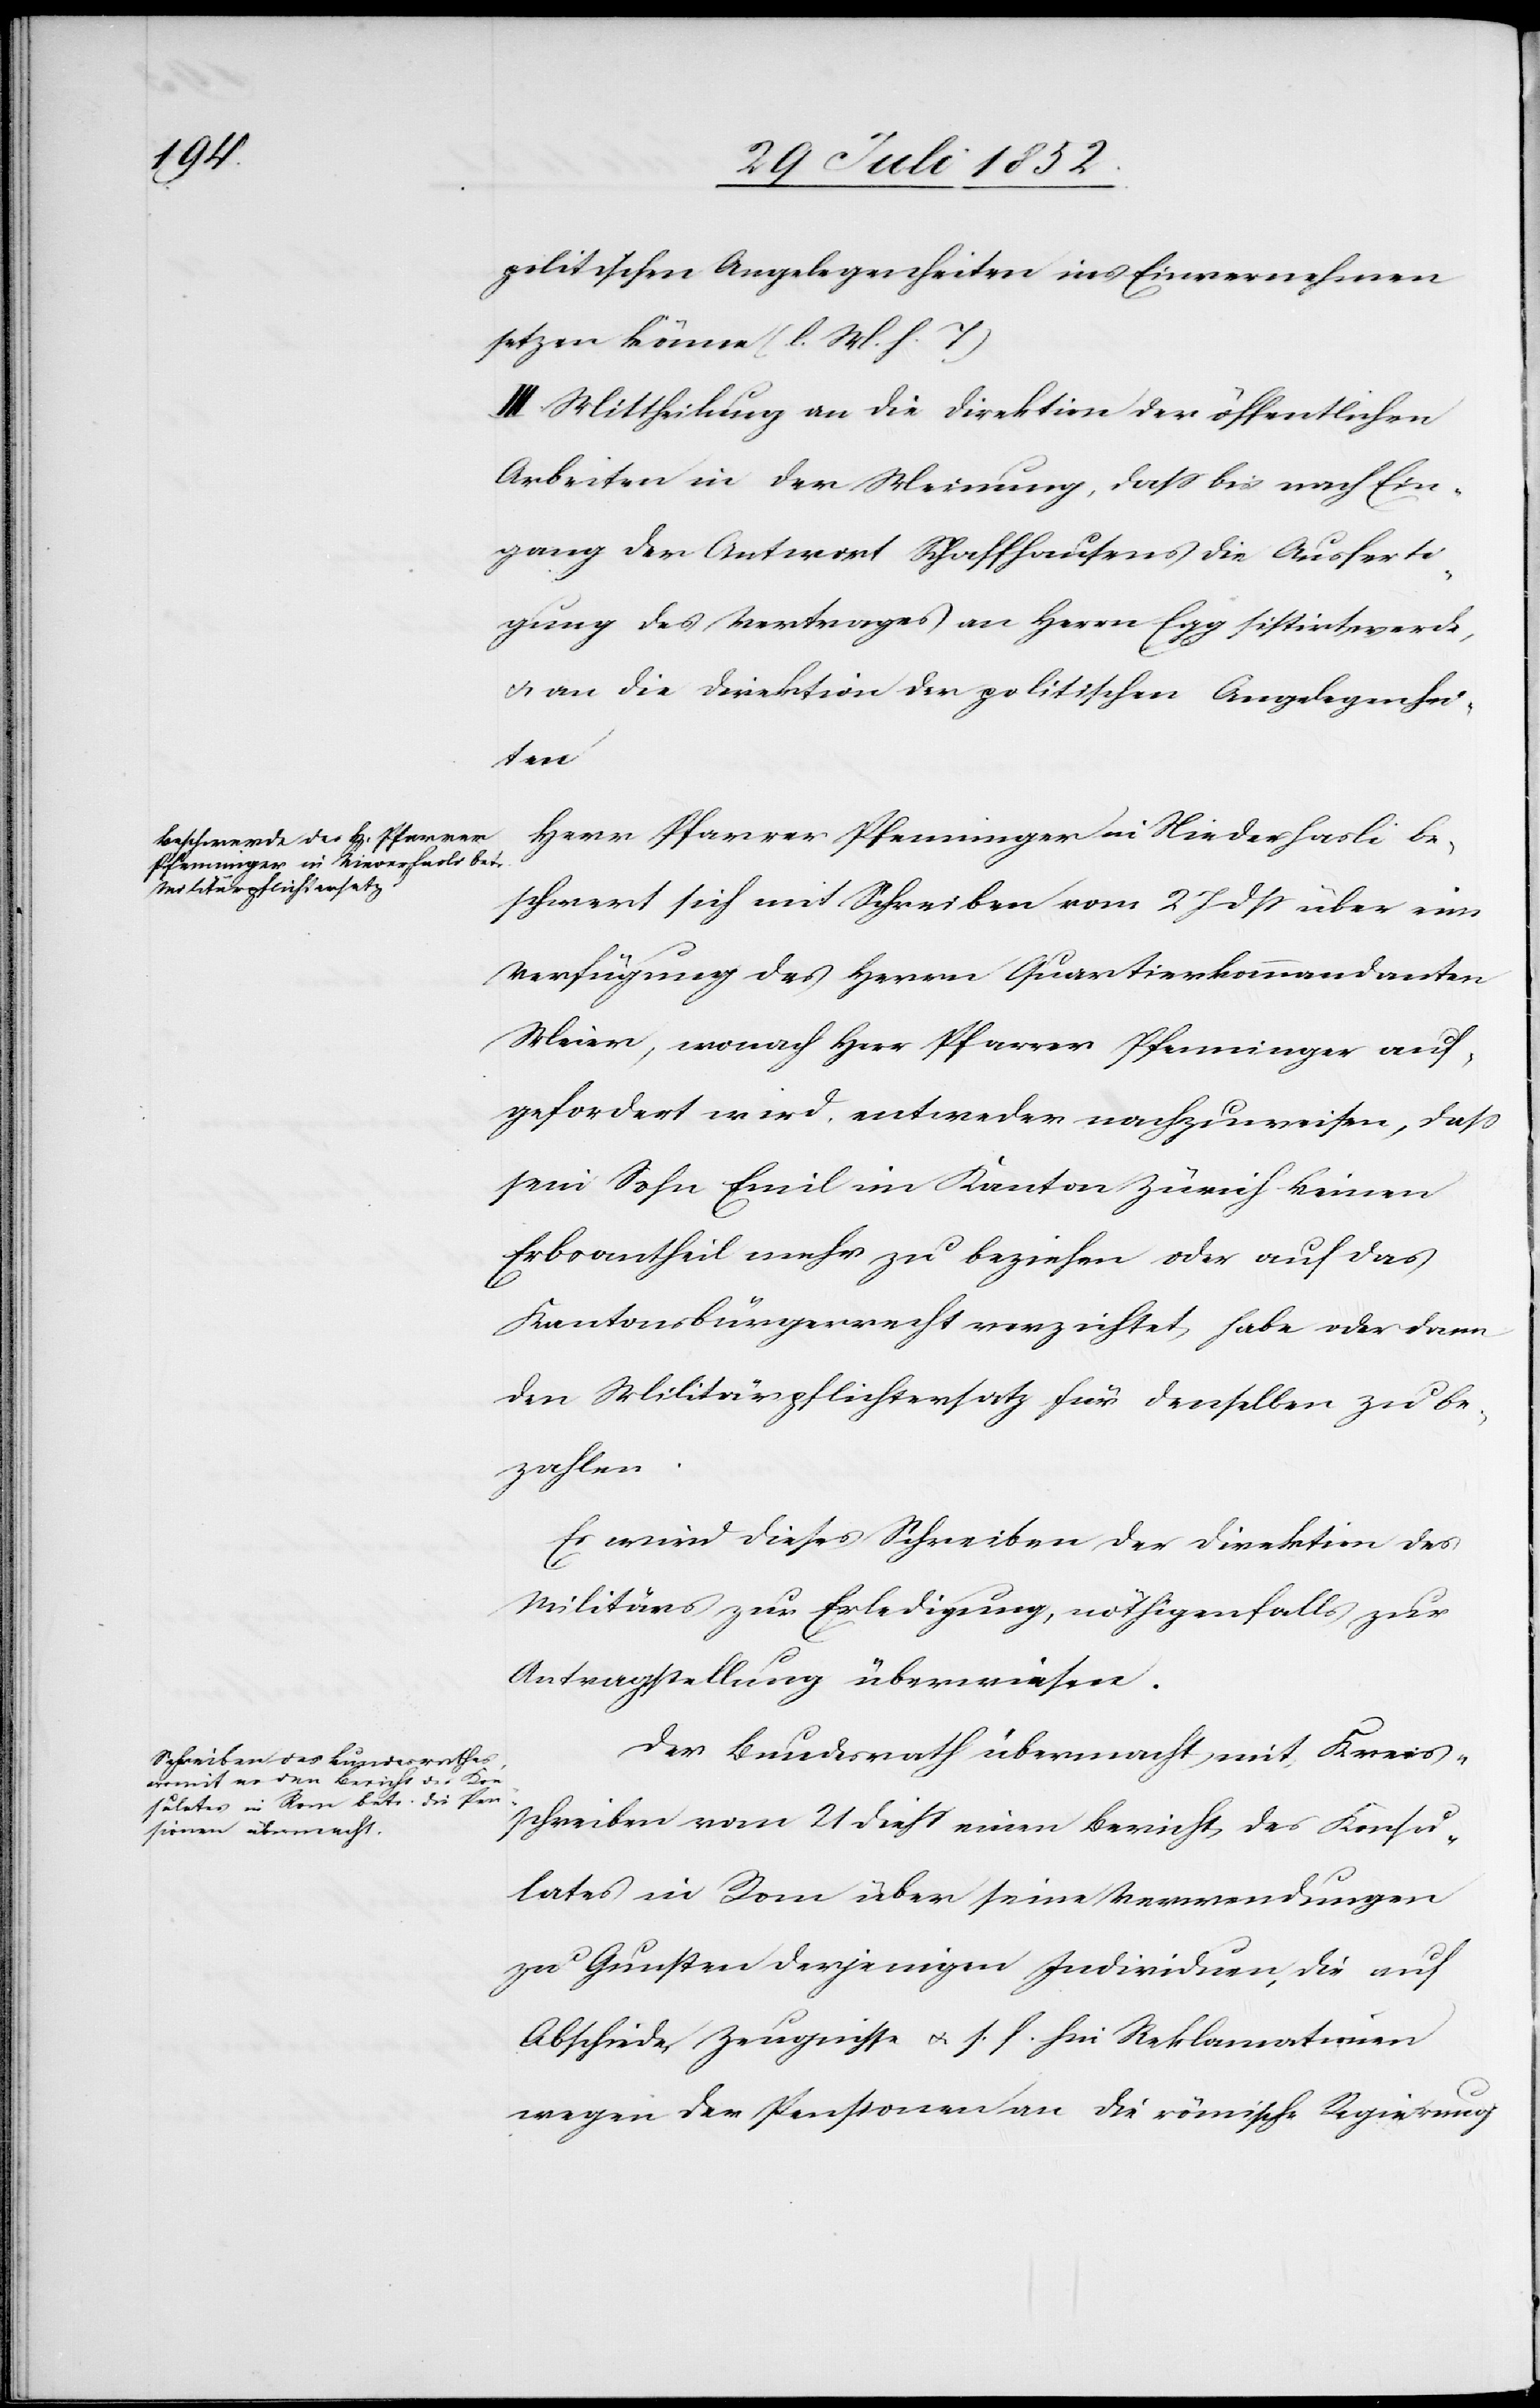
politischen Angelegenheiten ins Einvernehmen
setzen könne (l. M. h. T)
III. Mittheilung an die Direktion der öffentlichen
Arbeiten in der Meinung, dass bis nach Ein¬
gang der Antwort Schaffhausens die Ausferti¬
gung des Vertrages an Herrn Egg sistirt werde,
& an die Direktion der politischen Angelegenhe¬
iten[.]
Herr Pfarrer Pfenninger in Niederhasli be¬
schwert sich mit Schreiben vom 27 dss über eine
Verfügung des Herrn Quartierkommandanten
Meier, wonach Herr Pfarrer Pfenninger auf¬
gefordert wird, entweder nachzuweisen, dass
sein Sohn Emil im Kanton Zürich keinen
Erbsantheil mehr zu beziehen oder auf das
Kantonsbürgerrecht verzichtet habe oder dann
den Militärpflichtersatz für denselben zu be¬
zahlen.
Es wird dieses Schreiben der Direktion des
Militärs zur Erledigung, nöthigenfalls zur
Antragstellung überwiesen.
Der Bundesrath übermacht mit Kreis¬
schreiben vom 21 diess einen Bericht des Konsu¬
lates in Rom über seine Verwendungen
zu Gunsten derjenigen Individuen, die auf
Abschiede, Zeugnisse & s. f. hin Reklamationen
wegen der Pensionen an die römische Regierung